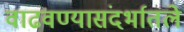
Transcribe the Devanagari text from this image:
वाढवण्यासंदर्भातले